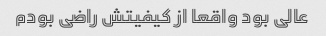
عالی بود واقعا از کیفیتش راضی بودم